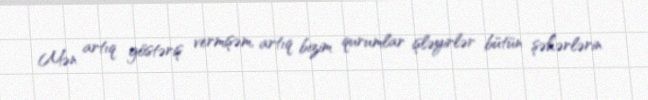
Mən artıq göstəriş vermişəm, artıq bizim qurumlar işləyirlər bütün şəhərlərin